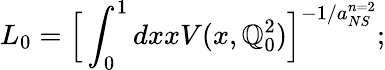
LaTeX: L_{0}={\Bigl[}\int_{0}^{1}dxxV(x,\mathbb{Q}_{0}^{2}){\Bigl]}^{-1/a_{NS}^{n=2}};